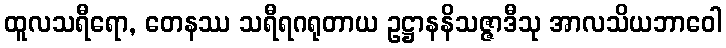
ထူလသရီရော, တေနဿ သရီရဂရုတာယ ဥဋ္ဌာနနိသဇ္ဇာဒီသု အာလသိယဘာဝေါ